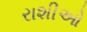
રાશીઓ